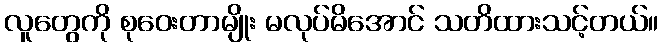
လူတွေကို စုဝေးတာမျိုး မလုပ်မိအောင် သတိထားသင့်တယ်။